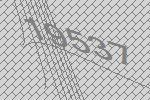
19537